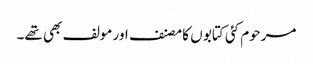
مرحوم کئی کتابو ں کا مصنف اور مولف بھی تھے۔